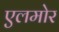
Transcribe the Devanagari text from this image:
एलमोर